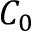
C _ { 0 }